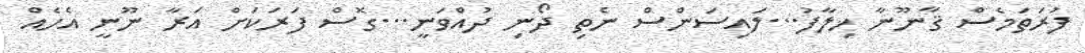
ފުރަތަމެސް ޤާނޫނާ ޚިލާފު...ލައިސަންސް ނެތި ދޯނި ދުއްވަނީ...ގޮސް ފަރަކަށް އަރާ ނޫނީ އެހެއް